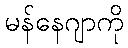
မန်နေဂျာကို